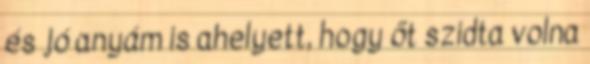
és jó anyám is ahelyett, hogy őt szidta volna